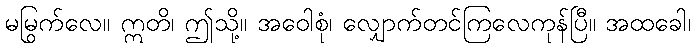
မမြွက်လေ။ ဣတိ၊ ဤသို့။ အဝေါစုံ၊ လျှောက်တင်ကြလေကုန်ပြီ။ အထခေါ၊